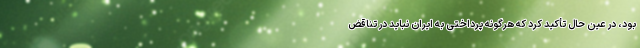
بود، در عین حال تأکید کرد که هرگونه پرداختی به ایران نباید در تناقض